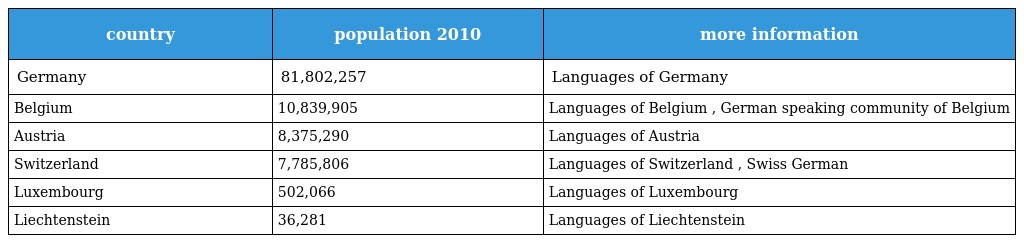
| country | population 2010 | more information |
 | --- | --- | --- |
 | Germany | 81,802,257 | Languages of Germany |
 | Belgium | 10,839,905 | Languages of Belgium , German speaking community of Belgium |
 | Austria | 8,375,290 | Languages of Austria |
 | Switzerland | 7,785,806 | Languages of Switzerland , Swiss German |
 | Luxembourg | 502,066 | Languages of Luxembourg |
 | Liechtenstein | 36,281 | Languages of Liechtenstein |